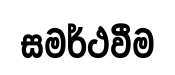
සමර්ථවීම